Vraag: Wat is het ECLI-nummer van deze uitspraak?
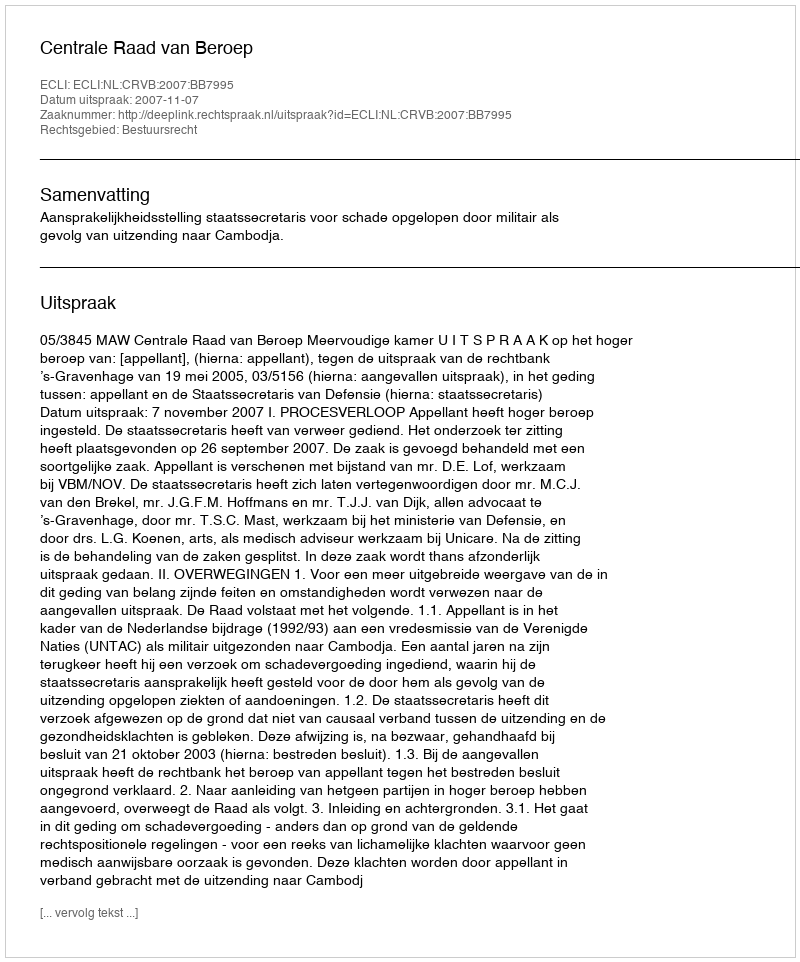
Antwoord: ECLI:NL:CRVB:2007:BB7995